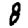
Digit: 8